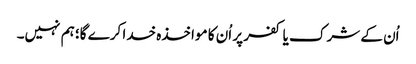
اُن کے شرک یا کفر پر اُن کا مواخذہ خدا کرے گا؛ ہم نہیں۔